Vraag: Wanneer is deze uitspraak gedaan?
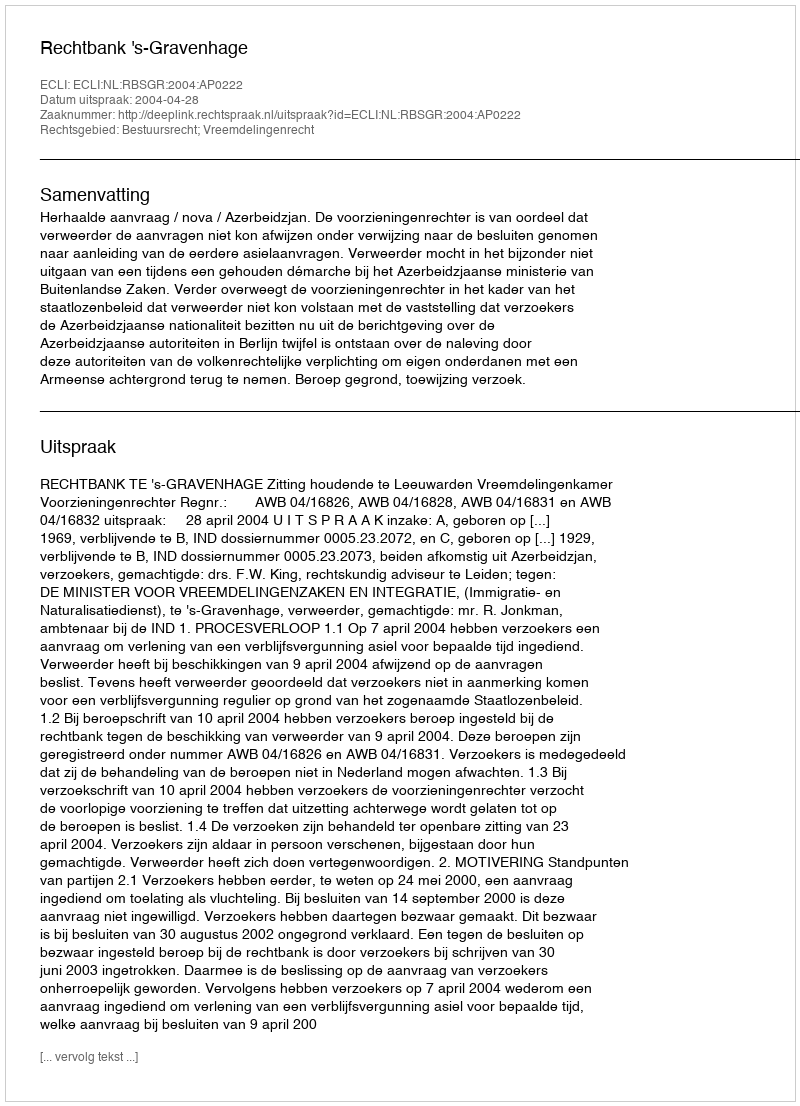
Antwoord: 2004-04-28